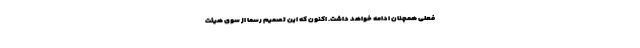
فعلی همچنان ادامه خواهد داشت. اکنون که این تصمیم رسما از سوی هیئت